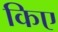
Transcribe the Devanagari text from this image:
किए